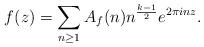
LaTeX: \begin{align*} f(z) = \sum_{n \geq 1} A_f(n) n^{\frac{k-1}{2}} e^{2\pi i n z}. \end{align*}